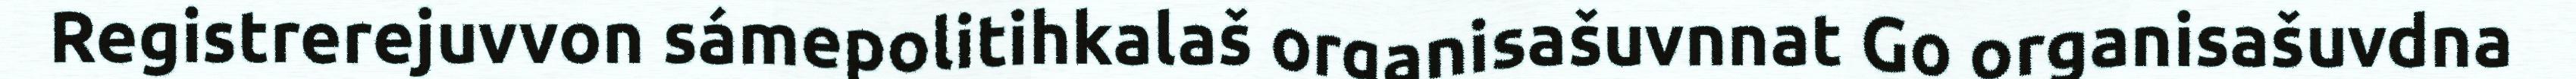
Registrerejuvvon sámepolitihkalaš organisašuvnnat Go organisašuvdna